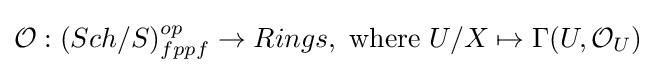
{\mathcal {O}}:(Sch/S)_{fppf}^{op}\to Rings,{\text{ where }}U/X\mapsto \Gamma (U,{\mathcal {O}}_{U})